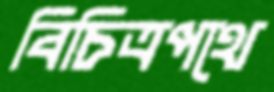
বিচিত্রপথে